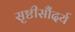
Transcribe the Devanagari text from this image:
सृष्टीसौंदर्य